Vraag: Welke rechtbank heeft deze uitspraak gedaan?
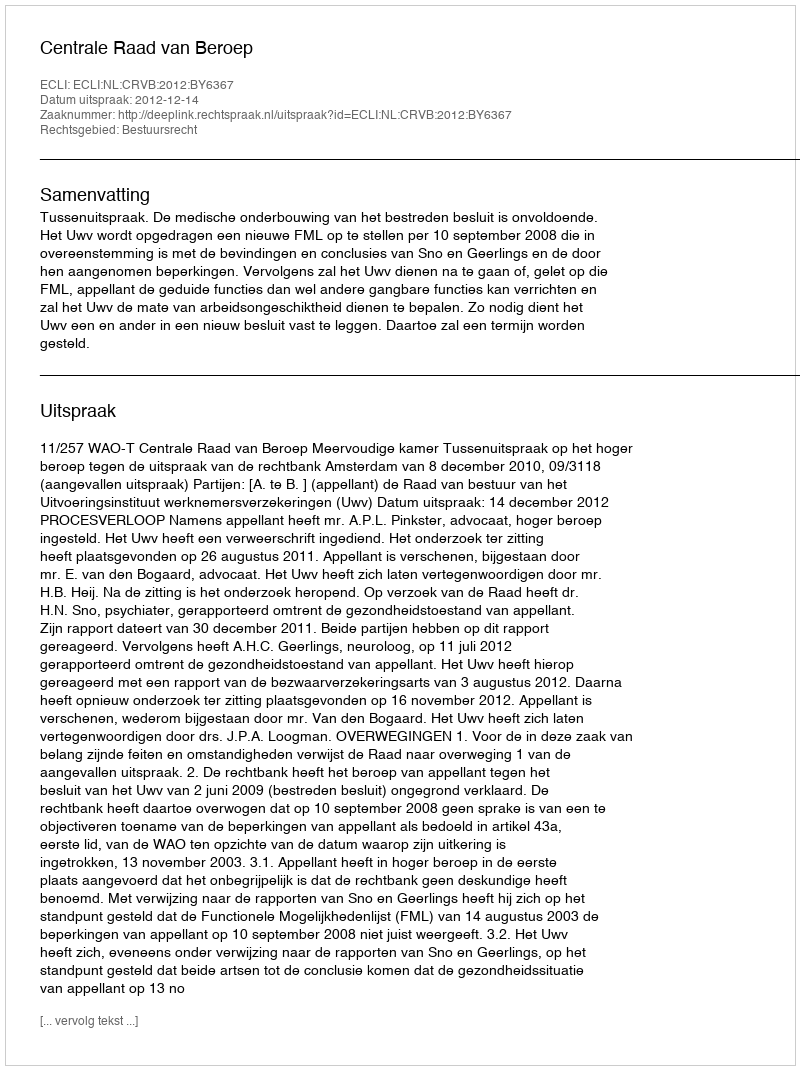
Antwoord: Centrale Raad van Beroep